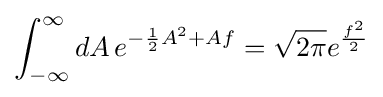
\int _{-\infty }^{\infty }dA\,e^{-{\frac {1}{2}}A^{2}+Af}={\sqrt {2\pi }}e^{\frac {f^{2}}{2}}